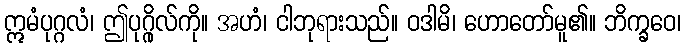
ဣမံပုဂ္ဂလံ၊ ဤပုဂ္ဂိုလ်ကို။ အဟံ၊ ငါဘုရားသည်။ ဝဒါမိ၊ ဟောတော်မူ၏။ ဘိက္ခဝေ၊